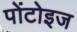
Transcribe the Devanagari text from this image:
पोंटोइज